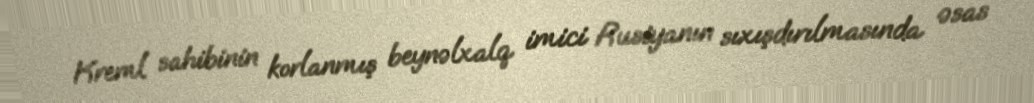
Kreml sahibinin korlanmış beynəlxalq imici Rusiyanın sıxışdırılmasında əsas